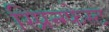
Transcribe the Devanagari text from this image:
स्प्रिन्ग्फेस्ट